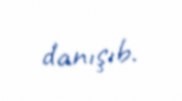
danışıb.